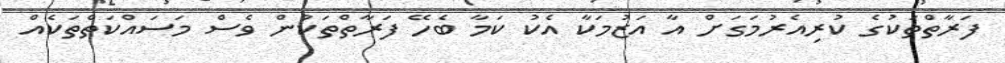
ފަރާތްތަކުގެ ކުރިއެރުމަގަށް އާ އަޒުމަކާ އެކު ކަމާ ބެހޭ ފަރާތްތަކުން ވެސް މަސައްކަތްތަކެއް